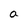
Character: a